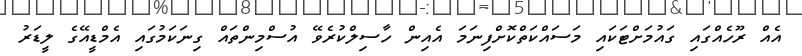
އެއް ރޫހެއްގައި ގައުމަށްޓަކައި މަސައްކަތްކޮށްފިނަމަ އެއިން ހާސިލްކުރެވޭ އުސްމިންތައް ގިނަކަމުގައި އެމްޑީއޭގެ ލީޑަރު